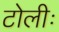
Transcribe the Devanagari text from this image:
टोलीः